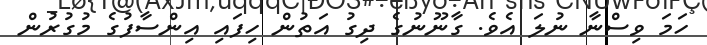
ހަމަ ވިސްނާ ނުލަ އެވެ. ގާނޫނުގެ ދިގު އަތުން ހިފައި އިންސާފުގެ މުގުރުން